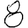
Digit: 8